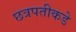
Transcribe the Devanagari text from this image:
छत्रपतीकडे